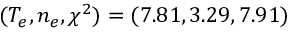
( T _ { e } , n _ { e } , \chi ^ { 2 } ) = ( 7 . 8 1 , 3 . 2 9 , 7 . 9 1 )